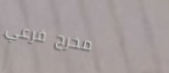
مخرج فرعي